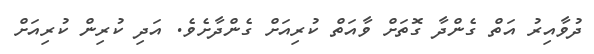
ދުވާއިރު އަތް ގެންދާ ގޮތަށް ވާއަތް ކުރިއަށް ގެންދާށެވެ. އަދި ކުރިން ކުރިއަށް